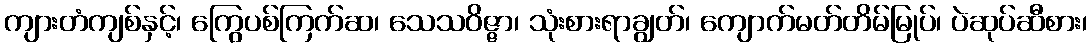
ကျားတံကျစ်နှင့်၊ ကြွေပစ်ကြက်ဆ၊ သေသဝိဇ္ဇာ၊ သုံးစားရာချွတ်၊ ကျောက်မတ်တိမ်မြုပ်၊ ပဲဆုပ်ဆီစား၊